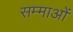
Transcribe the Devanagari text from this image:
सम्माओं